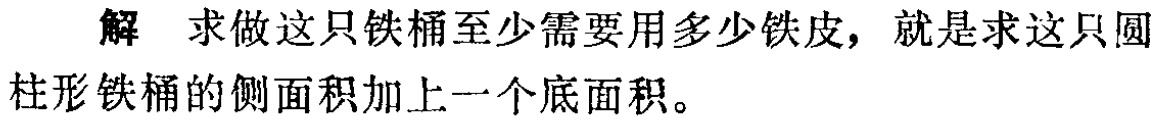
解 求做这只铁桶至少需要用多少铁皮，就是求这只圆柱形铁桶的侧面积加上一个底面积。